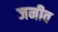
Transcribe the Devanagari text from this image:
जनीव